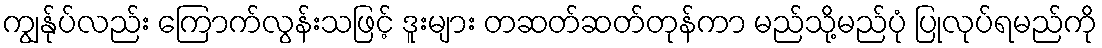
ကျွန်ုပ်လည်း ကြောက်လွန်းသဖြင့် ဒူးများ တဆတ်ဆတ်တုန်ကာ မည်သို့မည်ပုံ ပြုလုပ်ရမည်ကို